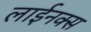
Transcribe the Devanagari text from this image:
लाईनक्स